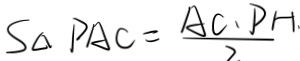
S _ { \Delta } P A C = \frac { A C . P H } { 2 }